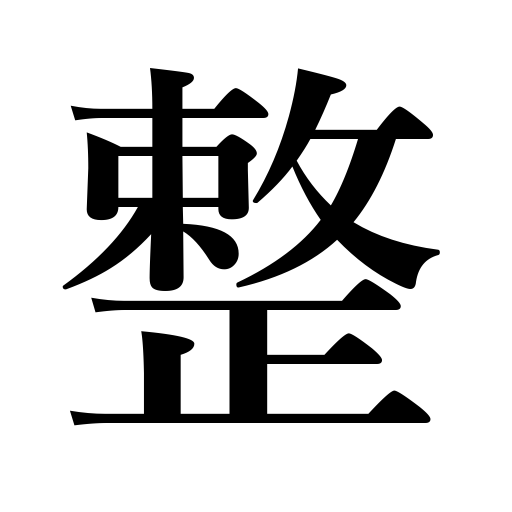
Meanings: adjust clothes,arrange,raise money,settle,prepare,be adjusted,be prepared,supply,arranging,be settled,be well regulated,regulate,be arranged,be in order,purchase,put in order,fill orders,tidy up